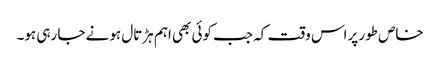
خاص طور پراس وقت کہ جب کوئی بھی اہم ہڑتال ہونے جا رہی ہو۔